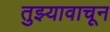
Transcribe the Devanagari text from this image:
तुझ्यावाचून